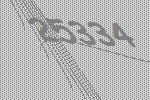
25334